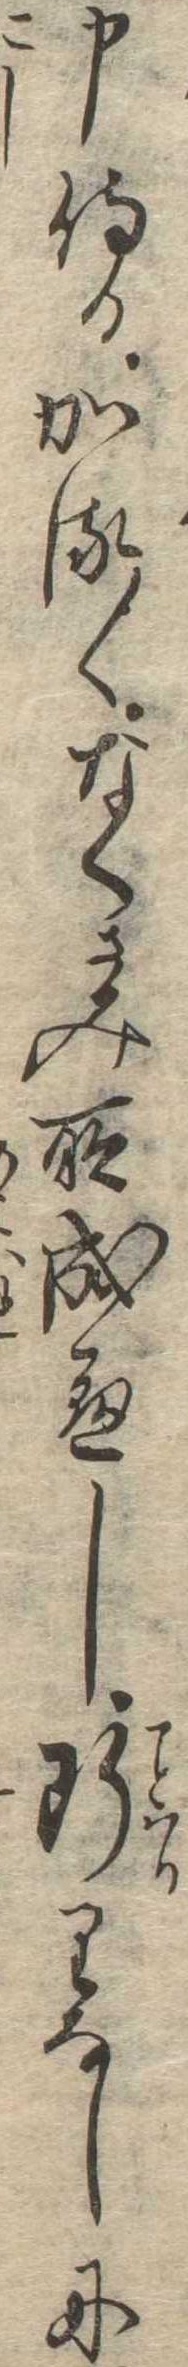
申侍るかる〱なくさみ所成へし断りなしに